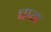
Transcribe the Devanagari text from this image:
चाग